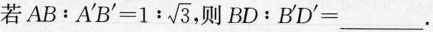
若 $$AB:A^{\prime}B^{\prime}=1: \sqrt{3},$$ 则 BD:B^{\prime}D^{\prime}=___.